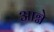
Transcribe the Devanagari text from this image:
आग्ने